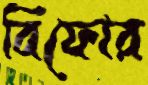
বিফোর